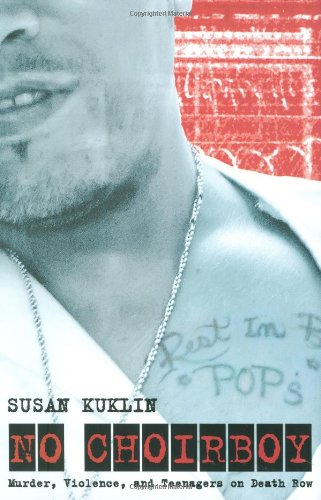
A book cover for No Choirboy: Murder, Violence, and Teenagers on Death Row; Susan Kuklin; Teen & Young Adult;